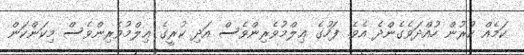
ކަމެއް ކުރުން ހުއްދަވެގެންދެ އެވެ. ފަހުގެ ޢިލްމުވެރިންވެސް އަދި ކުރީގެ ޢިލްމުވެރިންވެސް މިކަންކަން